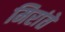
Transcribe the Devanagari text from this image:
मिरांते